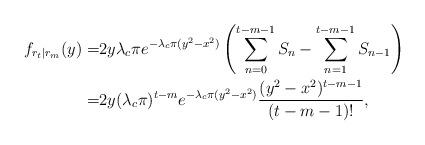
LaTeX: \begin{align*}f_{r_t|r_m}(y)=& 2y\lambda_c\pi e^{-\lambda_c \pi (y^2-x^2)}\left(\sum^{t-m-1}_{n=0}S_n - \sum^{t-m-1}_{n=1}S_{n-1}\right)\\ =& 2y(\lambda_c\pi)^{t-m} e^{-\lambda_c \pi (y^2-x^2)} \frac{ (y^2-x^2)^{t-m-1}}{(t-m-1)!} ,\end{align*}